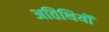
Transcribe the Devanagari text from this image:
अतिथियॊं